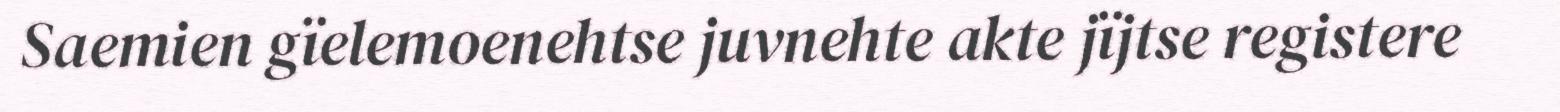
Saemien gïelemoenehtse juvnehte akte jïjtse registere